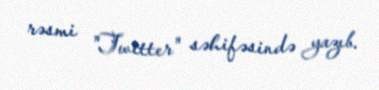
rəsmi "Twitter" səhifəsində yazıb.